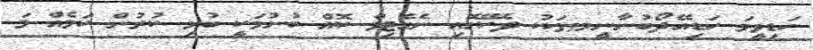
ހަޑިވީމަ ހަޑިއޭދޯބުނާނީމޠހަކު ދެކޭގޮއި ނެގެޓިވް ކޮއް ބުނުމަކީ ބުޅި ކުރުން ކަމެއް މަ